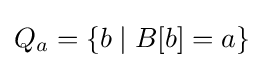
Q_{a}=\{b\;|\;B[b]=a\}